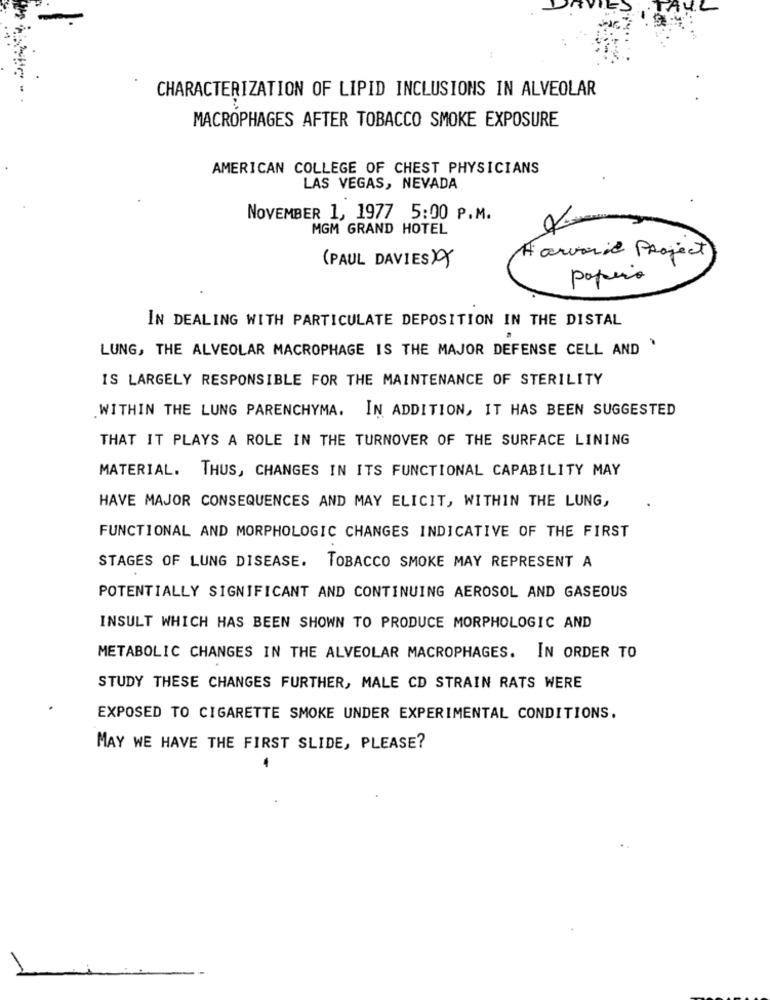
CHARACTERIZATION OF LIPID INCLUSIONS IN ALVEOLAR
MACROPHAGES AFTER TOBACCO SMOKE EXPOSURE
AMERICAN COLLEGE OF CHEST PHYSICIANS
LAS VEGAS, NEVADA
NOVEMBER 1, 1977 5:00 P.M.
MGM GRAND HOTEL
Harvarit Project
(PAUL DAVIES) )
papiero
IN DEALING WITH PARTICULATE DEPOSITION IN THE DISTAL
LUNG, THE ALVEOLAR MACROPHAGE IS THE MAJOR DEFENSE CELL AND .
IS LARGELY RESPONSIBLE FOR THE MAINTENANCE OF STERILITY
WITHIN THE LUNG PARENCHYMA.
IN ADDITION, IT HAS BEEN SUGGESTED
THAT IT PLAYS A ROLE IN THE TURNOVER OF THE SURFACE LINING
MATERIAL. THUS, CHANGES IN ITS FUNCTIONAL CAPABILITY MAY
HAVE MAJOR CONSEQUENCES AND MAY ELICIT, WITHIN THE LUNG,
FUNCTIONAL AND MORPHOLOGIC CHANGES INDICATIVE OF THE FIRST
STAGES OF LUNG DISEASE. TOBACCO SMOKE MAY REPRESENT A
POTENTIALLY SIGNIFICANT AND CONTINUING AEROSOL AND GASEOUS
INSULT WHICH HAS BEEN SHOWN TO PRODUCE MORPHOLOGIC AND
METABOLIC CHANGES IN THE ALVEOLAR MACROPHAGES. IN ORDER TO
STUDY THESE CHANGES FURTHER, MALE CD STRAIN RATS WERE
EXPOSED TO CIGARETTE SMOKE UNDER EXPERIMENTAL CONDITIONS.
MAY WE HAVE THE FIRST SLIDE, PLEASE?